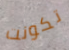
تكونت